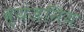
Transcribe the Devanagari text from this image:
व्यंजनिय